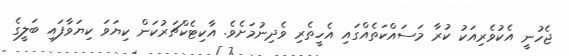
ޖެހުނީ އެކުވެރިއަކު ކުރާ މަސައްކަތެއްގައި އެހީތެރި ވެދިނުމަށެވެ. އާކިޓެކްޗަރުކަން ކިޔަވަ ކިޔަވާފައި ބަލީގެ